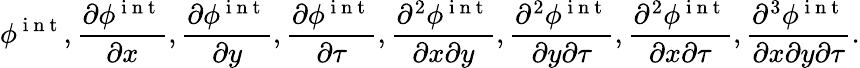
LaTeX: \phi^{\mathrm{~i~n~t~}},\frac{\partial\phi^{\mathrm{~i~n~t~}}}{\partial x},\frac{\partial\phi^{\mathrm{~i~n~t~}}}{\partial y},\frac{\partial\phi^{\mathrm{~i~n~t~}}}{\partial\tau},\frac{\partial^{2}\phi^{\mathrm{~i~n~t~}}}{\partial x\partial y},\frac{\partial^{2}\phi^{\mathrm{~i~n~t~}}}{\partial y\partial\tau},\frac{\partial^{2}\phi^{\mathrm{~i~n~t~}}}{\partial x\partial\tau},\frac{\partial^{3}\phi^{\mathrm{~i~n~t~}}}{\partial x\partial y\partial\tau}.